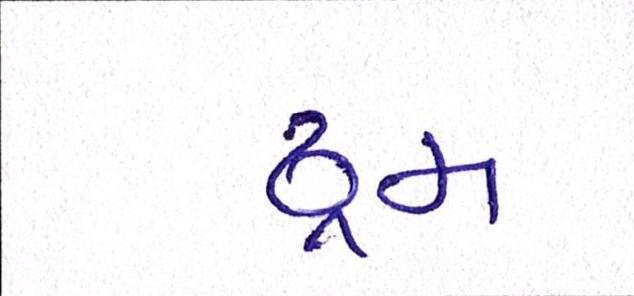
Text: ડ્રમ